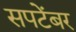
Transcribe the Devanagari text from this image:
सपटेंबर